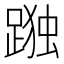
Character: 𮛹